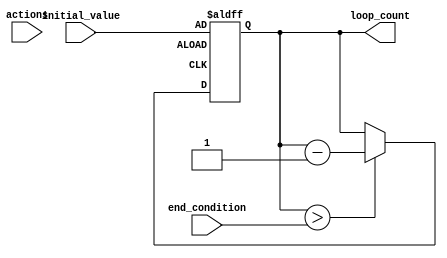
module decremental_for_loop (
  input wire [7:0] initial_value, // Initial value of the loop
  input wire [7:0] end_condition, // End condition of the loop
  input wire [7:0] actions, // Actions to be performed within each iteration
  
  output reg [7:0] loop_count // Current count of the loop
);

always @ (posedge clk or negedge rst) begin
  if (!rst) begin
    loop_count <= initial_value;
  end else begin
    if (loop_count > end_condition) begin
      loop_count <= loop_count - 1;
      // Perform actions here
      // actions;
    end
  end
end

endmodule